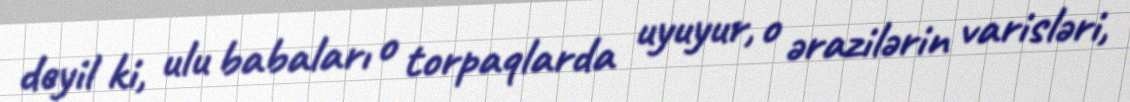
deyil ki, ulu babaları o torpaqlarda uyuyur, o ərazilərin varisləri,